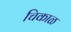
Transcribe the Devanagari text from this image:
चिकाळ